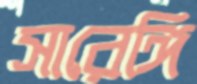
সারেঙ্গি